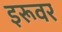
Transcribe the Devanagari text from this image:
इरूवर